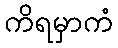
ကိရမှာကံ